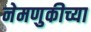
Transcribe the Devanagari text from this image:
नेमणुकीच्या